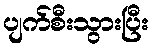
ပျက်စီးသွားပြီး